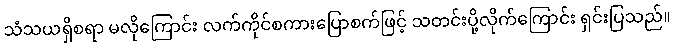
သံသယရှိစရာ မလိုကြောင်း လက်ကိုင်စကားပြောစက်ဖြင့် သတင်းပို့လိုက်ကြောင်း ရှင်းပြသည်။